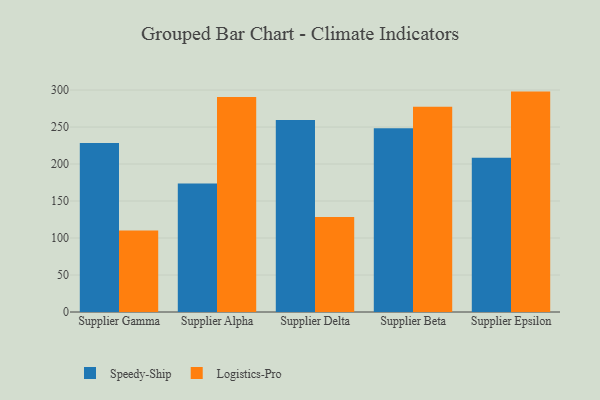
{"axis": {"x": "Supplier", "y": "Revenue (USD Million)"}, "legend": ["Logistics-Pro", "Speedy-Ship"], "data": [{"x": "Supplier Gamma", "y": 228.3, "type": "Speedy-Ship"}, {"x": "Supplier Gamma", "y": 110.2, "type": "Logistics-Pro"}, {"x": "Supplier Alpha", "y": 173.6, "type": "Speedy-Ship"}, {"x": "Supplier Alpha", "y": 290.5, "type": "Logistics-Pro"}, {"x": "Supplier Delta", "y": 259.4, "type": "Speedy-Ship"}, {"x": "Supplier Delta", "y": 128.4, "type": "Logistics-Pro"}, {"x": "Supplier Beta", "y": 248.2, "type": "Speedy-Ship"}, {"x": "Supplier Beta", "y": 277.3, "type": "Logistics-Pro"}, {"x": "Supplier Epsilon", "y": 208.5, "type": "Speedy-Ship"}, {"x": "Supplier Epsilon", "y": 297.9, "type": "Logistics-Pro"}]}